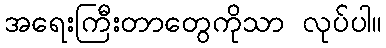
အရေးကြီးတာတွေကိုသာ လုပ်ပါ။